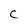
Character: C